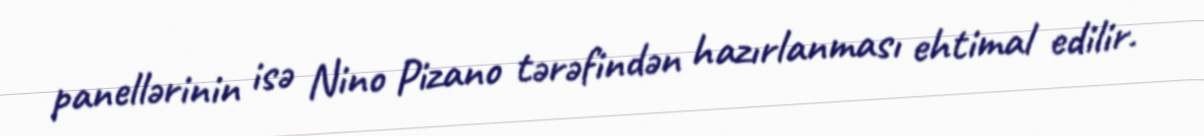
panellərinin isə Nino Pizano tərəfindən hazırlanması ehtimal edilir.